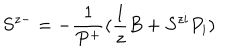
S ^ { z - } = - \frac { 1 } { P ^ { + } } ( \frac { 1 } { z } B + S ^ { z i } P _ { i } )